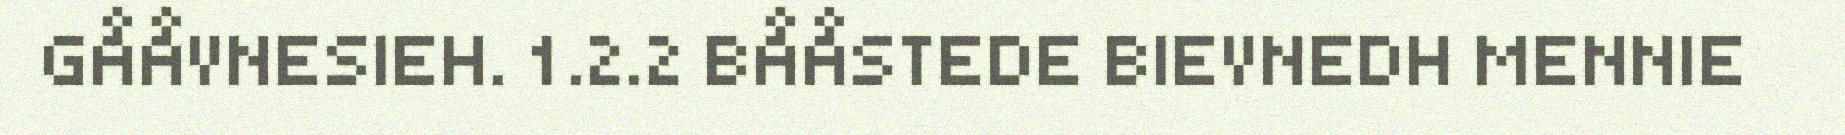
GÅÅVNESIEH. 1.2.2 BÅÅSTEDE BIEVNEDH MENNIE